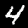
Label: 4